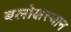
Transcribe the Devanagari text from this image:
बलोक्षस्थान